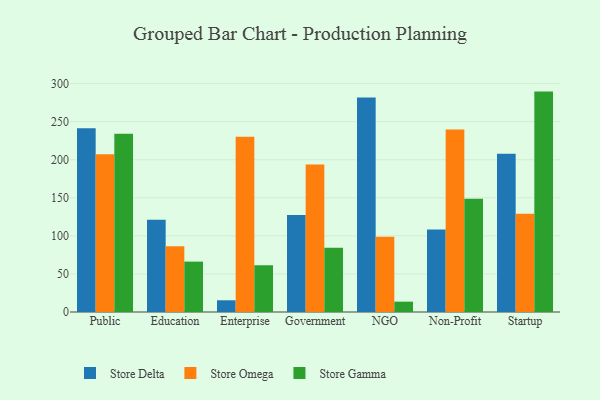
{"axis": {"x": "Segment", "y": "Population (Million)"}, "legend": ["Store Delta", "Store Gamma", "Store Omega"], "data": [{"x": "Public", "y": 241.5, "type": "Store Delta"}, {"x": "Public", "y": 207.1, "type": "Store Omega"}, {"x": "Public", "y": 234.0, "type": "Store Gamma"}, {"x": "Education", "y": 121.2, "type": "Store Delta"}, {"x": "Education", "y": 86.5, "type": "Store Omega"}, {"x": "Education", "y": 66.2, "type": "Store Gamma"}, {"x": "Enterprise", "y": 15.4, "type": "Store Delta"}, {"x": "Enterprise", "y": 230.2, "type": "Store Omega"}, {"x": "Enterprise", "y": 61.4, "type": "Store Gamma"}, {"x": "Government", "y": 127.5, "type": "Store Delta"}, {"x": "Government", "y": 193.9, "type": "Store Omega"}, {"x": "Government", "y": 84.4, "type": "Store Gamma"}, {"x": "NGO", "y": 281.8, "type": "Store Delta"}, {"x": "NGO", "y": 98.7, "type": "Store Omega"}, {"x": "NGO", "y": 13.6, "type": "Store Gamma"}, {"x": "Non-Profit", "y": 108.5, "type": "Store Delta"}, {"x": "Non-Profit", "y": 239.8, "type": "Store Omega"}, {"x": "Non-Profit", "y": 148.7, "type": "Store Gamma"}, {"x": "Startup", "y": 207.9, "type": "Store Delta"}, {"x": "Startup", "y": 129.1, "type": "Store Omega"}, {"x": "Startup", "y": 289.5, "type": "Store Gamma"}]}